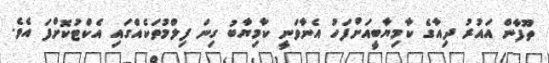
ތޫފާން އައުރު ދިއާގެ ކާމިޔާބީއަށްފަހު އެނާވަނީ ކާމިޔާބު ގިނަ ފިލްމުތަކެއްގައި އެކްޓުކޮށްފަ އެވެ.